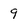
Character: 9